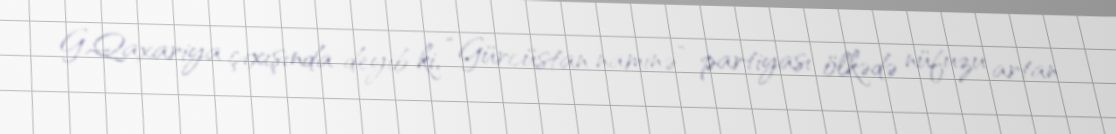
G.Qaxariya çıxışında deyib ki, “Gürcüstan naminə” partiyası ölkədə nüfuzu artan